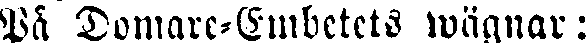
På Domare-Embetets wägnar: